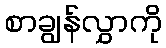
စာချွန်လွှာကို